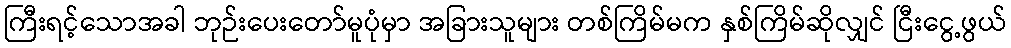
ကြီးရင့်သောအခါ ဘုဉ်းပေးတော်မူပုံမှာ အခြားသူများ တစ်ကြိမ်မက နှစ်ကြိမ်ဆိုလျှင် ငြီးငွေ့ဖွယ်